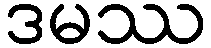
ဒမဿ